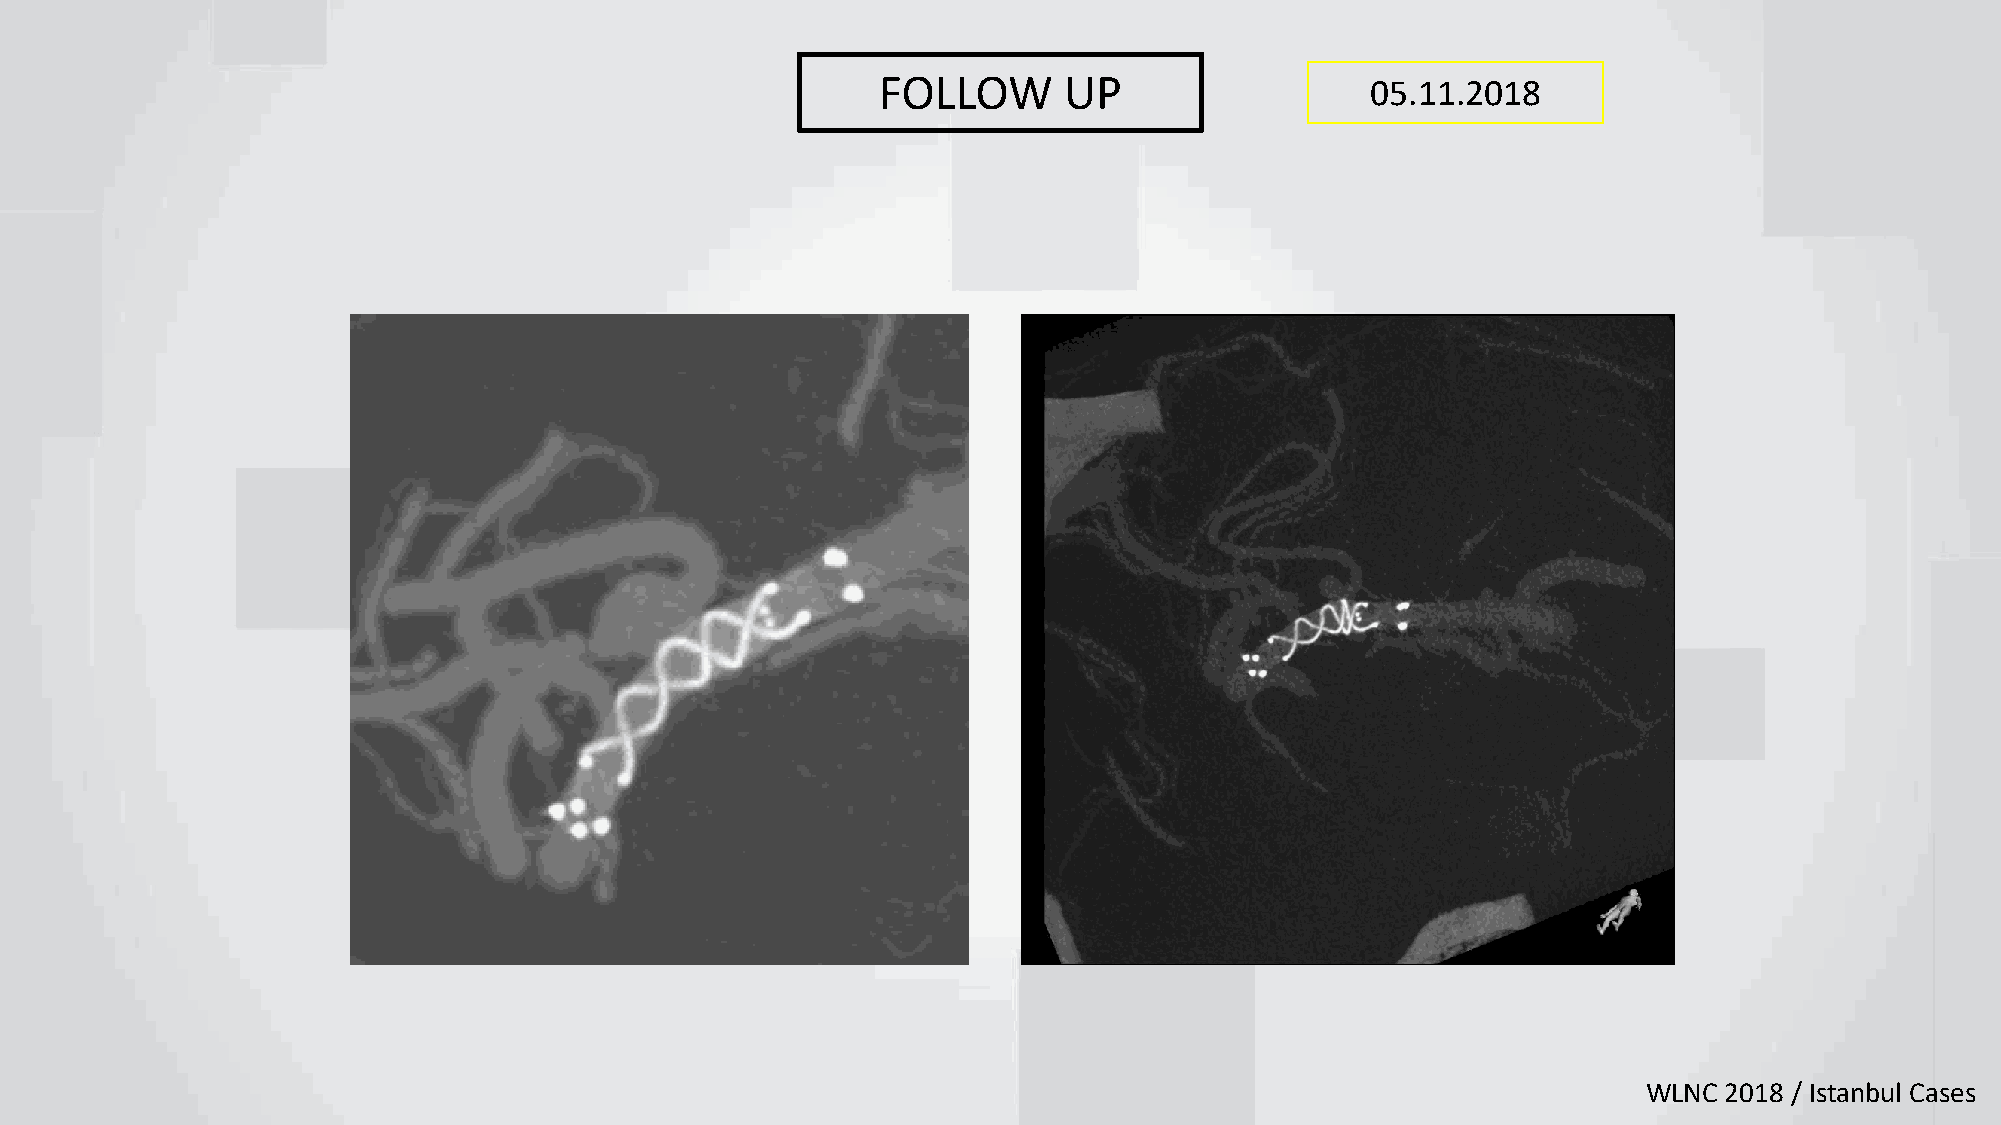
FOLLOW      UP                   05.11.2018
 WLNC 2018 / Istanbul Cases